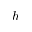
h